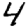
Digit: 4